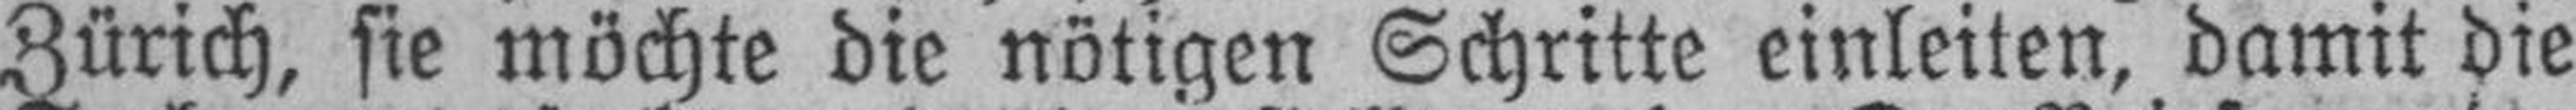
Zürich, sie möchte die nötigen Schritte einleiten, damit die